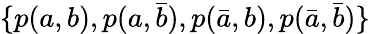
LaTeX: \{ p(a,b),p(a,\bar{b}),p(\bar{a},b),p(\bar{a},\bar{b})\}